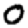
Digit: 0